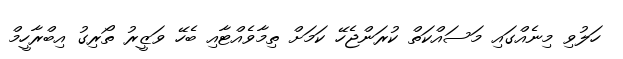
ހަލުވި މިނެއްގައި މަސައްކަތް ކުރަންޖެހޭ ކަމަށް ތިމާވެއްޓާއި ބެހޭ ވަޒީރު ތޯރިގު އިބްރާހީމް